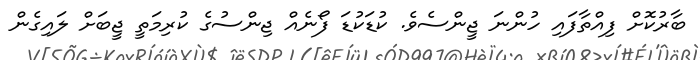
ބާރުކޮށް ފިއްތާފައި ހުންނަ ޖީންސެވެ. ކުޑަކުޑަ ފޯނެއް ޖިންސުގެ ކުރިމަތީ ޖީބަށް ލައިގެން